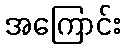
အကြောင်း